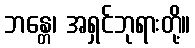
ဘန္တေ၊ အရှင်ဘုရားတို့။